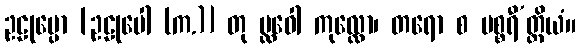
ဥဠုမ္ပော [ဥဠုပေါ (က.)] တု ပ္လဝေါ ကုလ္လော၊ တရော စ ပစ္စရီ’တ္ထိယံ။